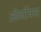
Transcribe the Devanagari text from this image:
ओवर्टेक्स